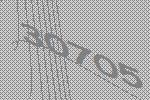
30705